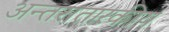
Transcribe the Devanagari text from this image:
अन्तरातारकीय